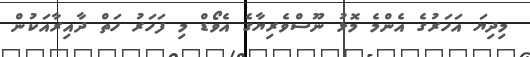
މިދިޔަ އަހަރުގެ އެންމެ މޮޅު ނޫސްވެރިޔާގެ އެވޯޑް މި ފަހަރު ހަތް ދާއިރާއަކުން